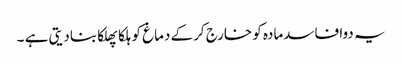
یہ دوا فاسدمادہ کو خارج کرکے دماغ کو ہلکا پھلکا بنادیتی ہے ۔